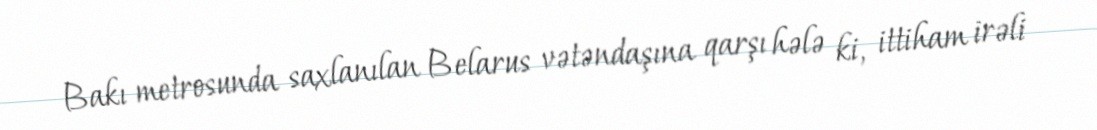
Bakı metrosunda saxlanılan Belarus vətəndaşına qarşı hələ ki, ittiham irəli